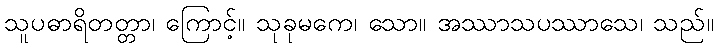
သူပဓာရိတတ္တာ၊ ကြောင့်။ သုခုမကေ၊ သော။ အဿာသပဿာသေ၊ သည်။